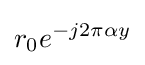
r_{0}e^{-j2\pi \alpha y}